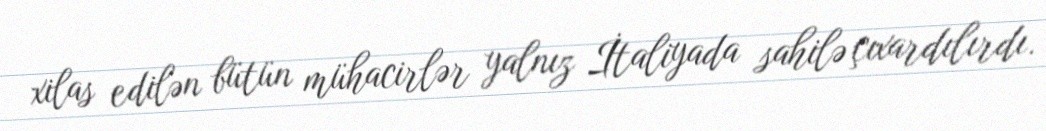
xilas edilən bütün mühacirlər yalnız İtaliyada sahilə çıxardılırdı.